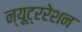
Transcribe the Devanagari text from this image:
न्यूट्ररेशन